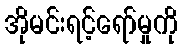
အိုမင်းရင့်ရော်မှုကို